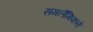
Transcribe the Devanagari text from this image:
समलैंगिकते